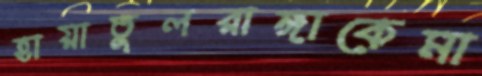
হায়াতুলরাঙ্গাকেমা